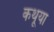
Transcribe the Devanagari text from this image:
कथूया